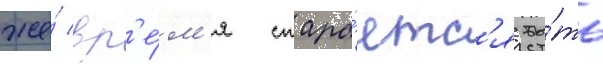
же́ вр'е́м'я стара́етс'я бы́ть